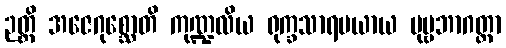
ဉတ္တိ အဇေဂုစ္ဆောတိ ကုဏ္ဍလိယ ရုက္ခသာရမယာယ ပုဗ္ဗဘာဂတ္တာ